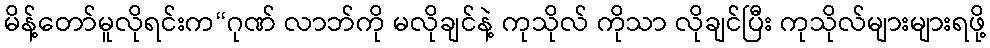
မိန့်တော်မူလိုရင်းက“ဂုဏ် လာဘ်ကို မလိုချင်နဲ့ ကုသိုလ် ကိုသာ လိုချင်ပြီး ကုသိုလ်များများရဖို့